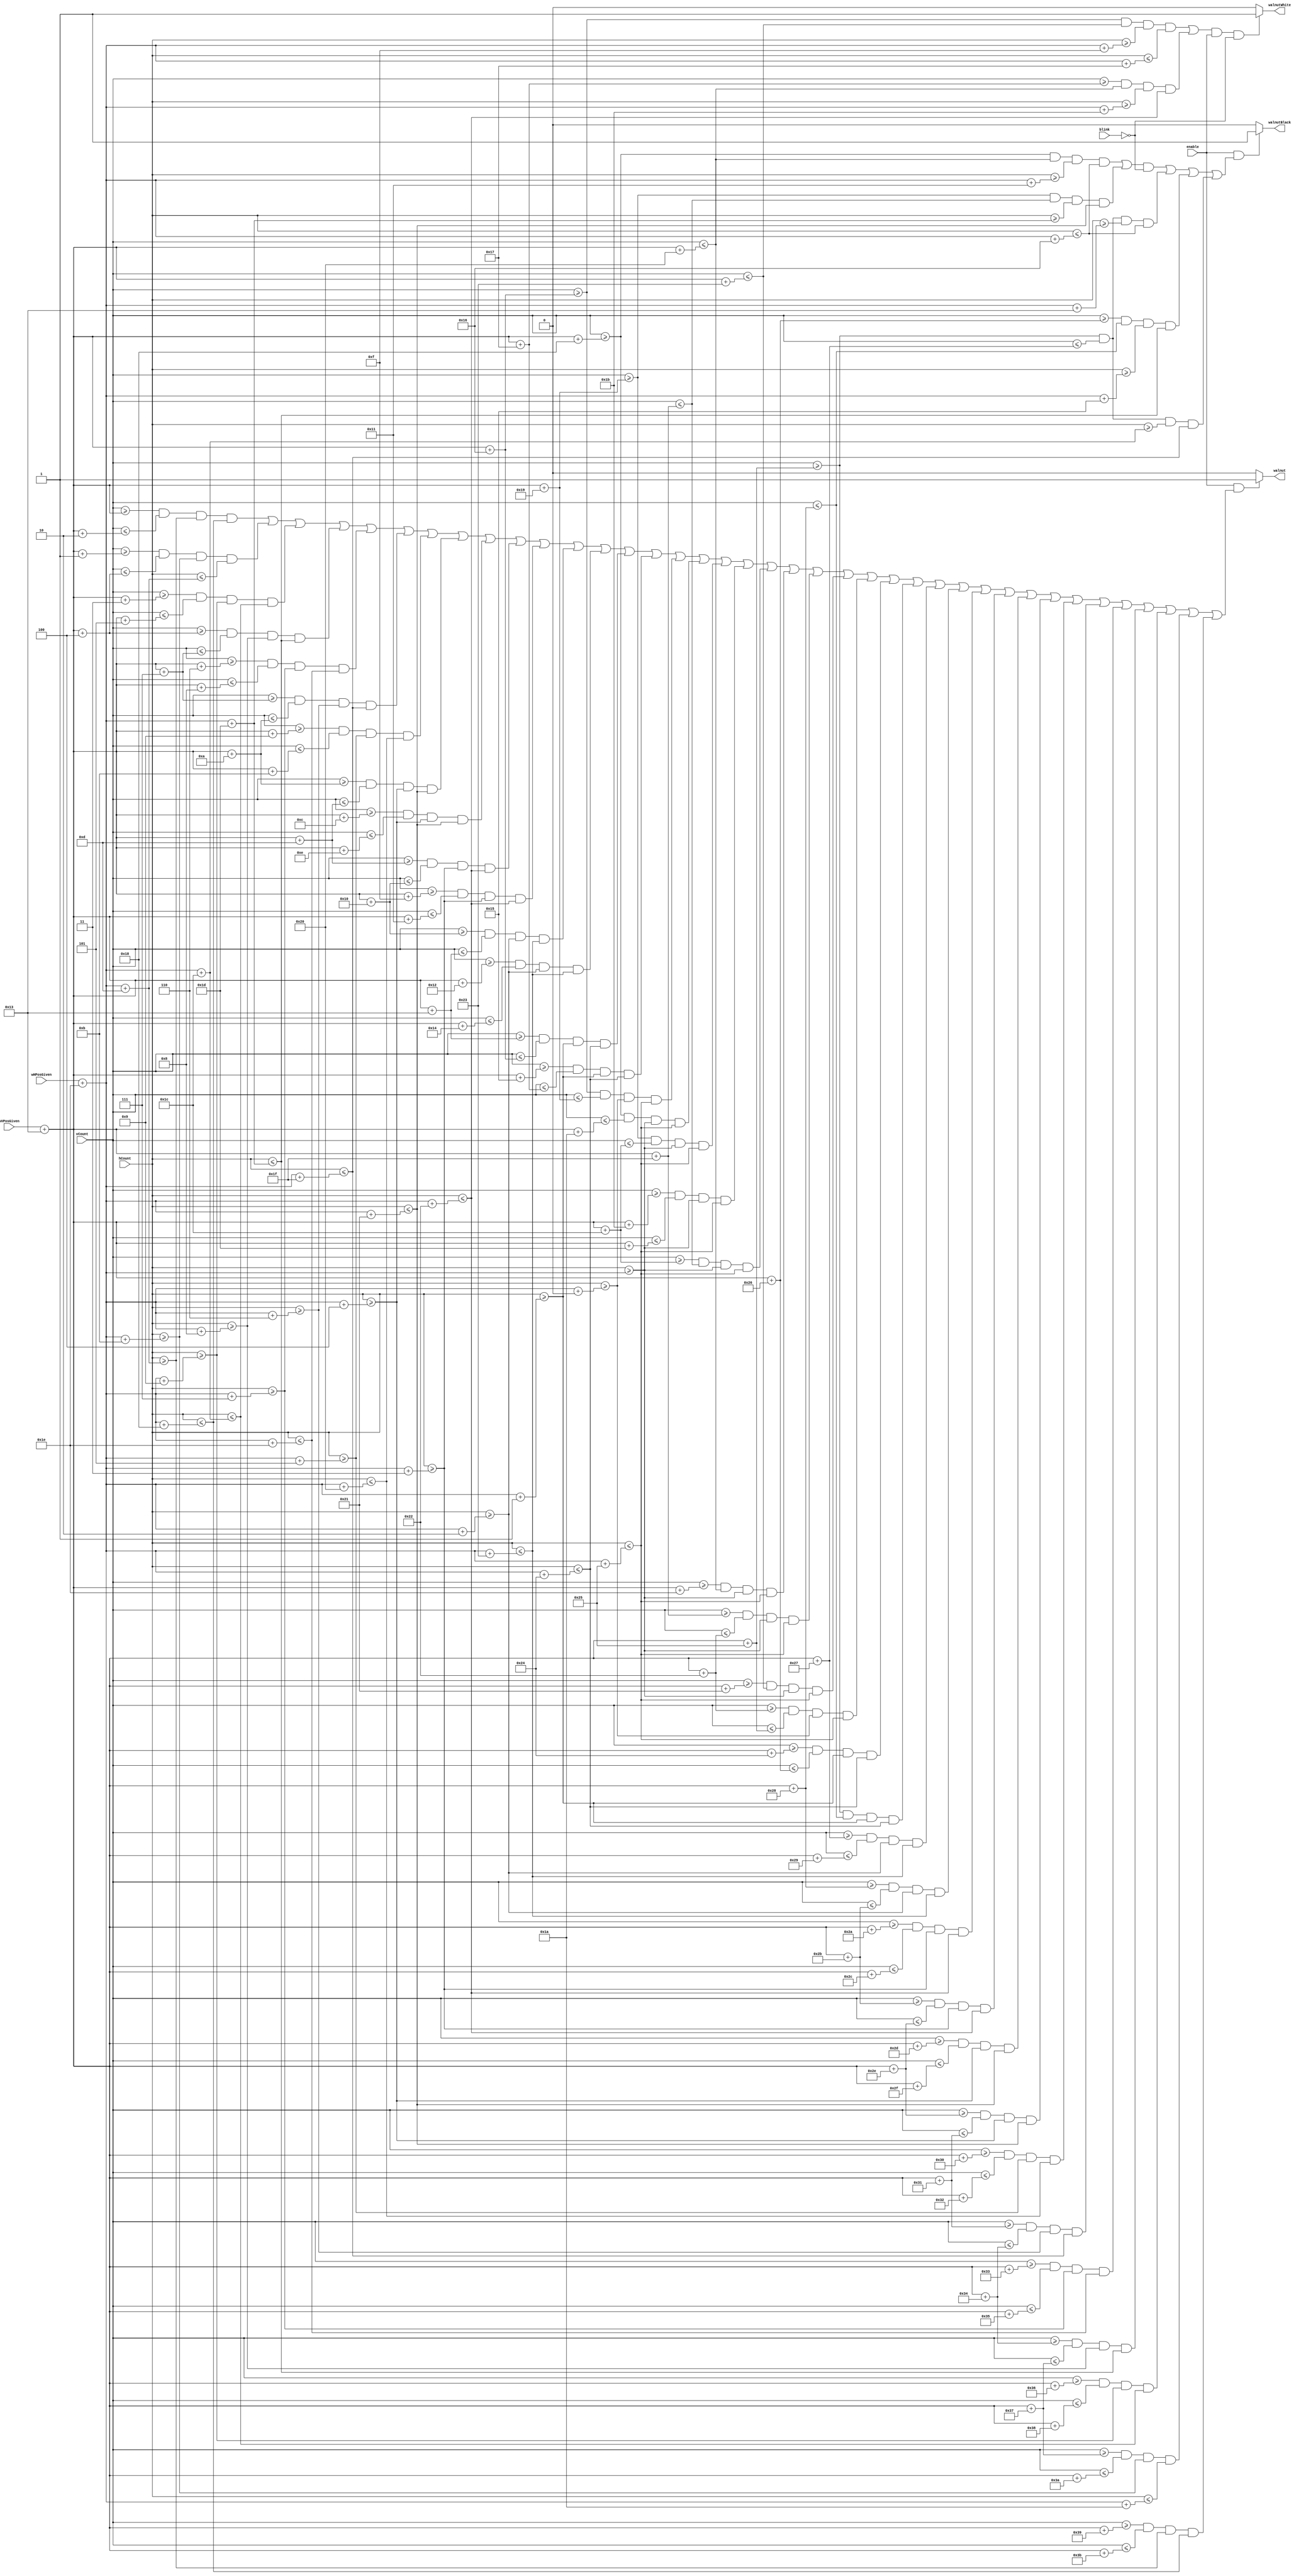
`timescale 1ns / 1ps

module walnut(
	input [9:0] wVPosGiven,
    input [9:0] wHPosGiven,
    input [9:0] hCount, vCount,
    input blink,
    input enable,
    output walnut,
    output walnutBlack,
    output walnutWhite);

    reg [9:0] wVPos; 
    reg [9:0] wHPos;
    
    always@ (*)
    begin
        wVPos = wVPosGiven + 10'd19;
        wHPos = wHPosGiven + 10'd30;
    end

    parameter WSCALE = 10'd2;
    assign walnut = 
	               ((enable == 1'd1) &&
                    (
	               ((vCount >= wVPos) && (vCount <= (wVPos + (10'd5 / WSCALE))) && (hCount >= (wHPos + (10'd27 / WSCALE))) && (hCount <= (wHPos + (10'd48 / WSCALE))))
	               ||((vCount >= (wVPos + (10'd3 / WSCALE))) && (vCount <= (wVPos + (10'd8 / WSCALE))) && (hCount >= (wHPos + (10'd23 / WSCALE))) && (hCount <= (wHPos + (10'd52 / WSCALE) / WSCALE)))
	               
	               ||((vCount >= (wVPos + (10'd6 / WSCALE))) && (vCount <= (wVPos + (10'd11 / WSCALE))) && (hCount >= (wHPos + (10'd19 / WSCALE))) && (hCount <= (wHPos + (10'd56 / WSCALE))))
	               ||((vCount >= (wVPos + (10'd9 / WSCALE))) && (vCount <= (wVPos + (10'd14 / WSCALE))) && (hCount >= (wHPos + (10'd17 / WSCALE))) && (hCount <= (wHPos + (10'd58 / WSCALE))))
	               ||((vCount >= (wVPos + (10'd12 / WSCALE))) && (vCount <= (wVPos + (10'd17 / WSCALE))) && (hCount >= (wHPos + (10'd15 / WSCALE))) && (hCount <= (wHPos + (10'd60 / WSCALE))))
	               ||((vCount >= (wVPos + (10'd15 / WSCALE))) && (vCount <= (wVPos + (10'd20 / WSCALE))) && (hCount >= (wHPos + (10'd13 / WSCALE))) && (hCount <= (wHPos + (10'd62 / WSCALE))))
	               ||((vCount >= (wVPos + (10'd18 / WSCALE))) && (vCount <= (wVPos + (10'd23 / WSCALE))) && (hCount >= (wHPos + (10'd11 / WSCALE))) && (hCount <= (wHPos + (10'd64 / WSCALE))))
	               ||((vCount >= (wVPos + (10'd21 / WSCALE))) && (vCount <= (wVPos + (10'd26 / WSCALE))) && (hCount >= (wHPos + (10'd9 / WSCALE))) && (hCount <= (wHPos + (10'd66 / WSCALE))))

	               ||((vCount >= (wVPos + (10'd24 / WSCALE))) && (vCount <= (wVPos + (10'd29 / WSCALE))) && (hCount >= (wHPos + (10'd8 / WSCALE))) && (hCount <= (wHPos + (10'd67 / WSCALE))))
	               ||((vCount >= (wVPos + (10'd27 / WSCALE))) && (vCount <= (wVPos + (10'd32 / WSCALE))) && (hCount >= (wHPos + (10'd7 / WSCALE))) && (hCount <= (wHPos + (10'd68 / WSCALE))))
	               ||((vCount >= (wVPos + (10'd30 / WSCALE))) && (vCount <= (wVPos + (10'd35 / WSCALE))) && (hCount >= (wHPos + (10'd6 / WSCALE))) && (hCount <= (wHPos + (10'd69 / WSCALE))))
	               ||((vCount >= (wVPos + (10'd33 / WSCALE))) && (vCount <= (wVPos + (10'd38 / WSCALE))) && (hCount >= (wHPos + (10'd5 / WSCALE))) && (hCount <= (wHPos + (10'd70 / WSCALE))))
	               ||((vCount >= (wVPos + (10'd36 / WSCALE))) && (vCount <= (wVPos + (10'd41 / WSCALE))) && (hCount >= (wHPos + (10'd4 / WSCALE))) && (hCount <= (wHPos + (10'd71 / WSCALE))))
	               ||((vCount >= (wVPos + (10'd39 / WSCALE))) && (vCount <= (wVPos + (10'd44 / WSCALE))) && (hCount >= (wHPos + (10'd3 / WSCALE))) && (hCount <= (wHPos + (10'd72 / WSCALE))))
	               ||((vCount >= (wVPos + (10'd42 / WSCALE))) && (vCount <= (wVPos + (10'd47 / WSCALE))) && (hCount >= (wHPos + (10'd2 / WSCALE))) && (hCount <= (wHPos + (10'd73 / WSCALE))))
	               ||((vCount >= (wVPos + (10'd45 / WSCALE))) && (vCount <= (wVPos + (10'd50 / WSCALE))) && (hCount >= (wHPos + (10'd1 / WSCALE))) && (hCount <= (wHPos + (10'd74 / WSCALE))))
	               ||((vCount >= (wVPos + (10'd48 / WSCALE))) && (vCount <= (wVPos + (10'd53 / WSCALE))) && (hCount >= wHPos) && (hCount <= (wHPos + (10'd75 / WSCALE))))
	               
	               
	               ||((vCount >= (wVPos + (10'd51 / WSCALE))) && (vCount <= (wVPos + (10'd56 / WSCALE))) && (hCount >= wHPos) && (hCount <= (wHPos + (10'd75 / WSCALE))))
	               ||((vCount >= (wVPos + (10'd54 / WSCALE))) && (vCount <= (wVPos + (10'd59 / WSCALE))) && (hCount >= wHPos) && (hCount <= (wHPos + (10'd75 / WSCALE))))
	               ||((vCount >= (wVPos + (10'd57 / WSCALE))) && (vCount <= (wVPos + (10'd62 / WSCALE))) && (hCount >= wHPos) && (hCount <= (wHPos + (10'd75 / WSCALE))))
	               ||((vCount >= (wVPos + (10'd60 / WSCALE))) && (vCount <= (wVPos + (10'd65 / WSCALE))) && (hCount >= wHPos) && (hCount <= (wHPos + (10'd75 / WSCALE))))
	               ||((vCount >= (wVPos + (10'd63 / WSCALE))) && (vCount <= (wVPos + (10'd68 / WSCALE))) && (hCount >= wHPos) && (hCount <= (wHPos + (10'd75 / WSCALE))))
	               ||((vCount >= (wVPos + (10'd66 / WSCALE))) && (vCount <= (wVPos + (10'd71 / WSCALE))) && (hCount >= wHPos) && (hCount <= (wHPos + (10'd75 / WSCALE))))	  
	                         
	               ||((vCount >= (wVPos + (10'd69 / WSCALE))) && (vCount <= (wVPos + (10'd74 / WSCALE))) && (hCount >= (wHPos + (10'd1 / WSCALE))) && (hCount <= (wHPos + (10'd74 / WSCALE))))
	               ||((vCount >= (wVPos + (10'd72 / WSCALE))) && (vCount <= (wVPos + (10'd77 / WSCALE))) && (hCount >= (wHPos + (10'd2 / WSCALE))) && (hCount <= (wHPos + (10'd73 / WSCALE))))
	               ||((vCount >= (wVPos + (10'd75 / WSCALE))) && (vCount <= (wVPos + (10'd80 / WSCALE))) && (hCount >= (wHPos + (10'd3 / WSCALE))) && (hCount <= (wHPos + (10'd72 / WSCALE))))
	               ||((vCount >= (wVPos + (10'd78 / WSCALE))) && (vCount <= (wVPos + (10'd83 / WSCALE))) && (hCount >= (wHPos + (10'd4 / WSCALE))) && (hCount <= (wHPos + (10'd71 / WSCALE))))
	               ||((vCount >= (wVPos + (10'd81 / WSCALE))) && (vCount <= (wVPos + (10'd86 / WSCALE))) && (hCount >= (wHPos + (10'd5 / WSCALE))) && (hCount <= (wHPos + (10'd70 / WSCALE))))
	               ||((vCount >= (wVPos + (10'd84 / WSCALE))) && (vCount <= (wVPos + (10'd89 / WSCALE))) && (hCount >= (wHPos + (10'd6 / WSCALE))) && (hCount <= (wHPos + (10'd69 / WSCALE))))
	               ||((vCount >= (wVPos + (10'd87 / WSCALE))) && (vCount <= (wVPos + (10'd92 / WSCALE))) && (hCount >= (wHPos + (10'd7 / WSCALE))) && (hCount <= (wHPos + (10'd68 / WSCALE))))
	               ||((vCount >= (wVPos + (10'd90 / WSCALE))) && (vCount <= (wVPos + (10'd95 / WSCALE))) && (hCount >= (wHPos + (10'd8 / WSCALE))) && (hCount <= (wHPos + (10'd67 / WSCALE))))
	               
	               ||((vCount >= (wVPos + (10'd93 / WSCALE))) && (vCount <= (wVPos + (10'd98 / WSCALE))) && (hCount >= (wHPos + (10'd9 / WSCALE))) && (hCount <= (wHPos + (10'd66 / WSCALE))))
	               ||((vCount >= (wVPos + (10'd96 / WSCALE))) && (vCount <= (wVPos + (10'd101 / WSCALE))) && (hCount >= (wHPos + (10'd11 / WSCALE))) && (hCount <= (wHPos + (10'd64 / WSCALE))))
	               ||((vCount >= (wVPos + (10'd99 / WSCALE))) && (vCount <= (wVPos + (10'd104 / WSCALE))) && (hCount >= (wHPos + (10'd13 / WSCALE))) && (hCount <= (wHPos + (10'd62 / WSCALE))))
	               ||((vCount >= (wVPos + (10'd102 / WSCALE))) && (vCount <= (wVPos + (10'd107 / WSCALE))) && (hCount >= (wHPos + (10'd15 / WSCALE))) && (hCount <= (wHPos + (10'd60 / WSCALE))))
	               ||((vCount >= (wVPos + (10'd105 / WSCALE))) && (vCount <= (wVPos + (10'd110 / WSCALE))) && (hCount >= (wHPos + (10'd17 / WSCALE))) && (hCount <= (wHPos + (10'd58 / WSCALE))))
	               ||((vCount >= (wVPos + (10'd108 / WSCALE))) && (vCount <= (wVPos + (10'd113 / WSCALE))) && (hCount >= (wHPos + (10'd19 / WSCALE))) && (hCount <= (wHPos + (10'd56 / WSCALE))))
	               
	               ||((vCount >= (wVPos + (10'd111 / WSCALE))) && (vCount <= (wVPos + (10'd116 / WSCALE))) && (hCount >= (wHPos + (10'd23 / WSCALE))) && (hCount <= (wHPos + (10'd52 / WSCALE))))
	               ||((vCount >= (wVPos + (10'd114 / WSCALE))) && (vCount <= (wVPos + (10'd119 / WSCALE))) && (hCount >= (wHPos + (10'd27 / WSCALE))) && (hCount <= (wHPos + (10'd48 / WSCALE))))
                    )
                   ) ? 1 : 0;
    
    assign walnutWhite =   (
                           ( 
	                       ((vCount >= (wVPos + (10'd44 / WSCALE))) && (vCount <= (wVPos + (10'd70 / WSCALE))) && (hCount >= (wHPos + (10'd30 / WSCALE))) && (hCount <= (wHPos + (10'd47 / WSCALE))))
	                       ||((vCount >= (wVPos + (10'd47 / WSCALE))) && (vCount <= (wVPos + (10'd65 / WSCALE))) && (hCount >= (wHPos + (10'd55 / WSCALE))) && (hCount <= (wHPos + (10'd69 / WSCALE))))
                           ) && (enable == 1'd1) && (blink == 1'd0) 
                           ) ? 1 : 0;
  
    assign walnutBlack = 
                           ( (enable == 1'd1) &&
                            (
                           ( 
	                       (((vCount >= (wVPos + (10'd49 / WSCALE))) && (vCount <= (wVPos + (10'd65 / WSCALE))) && (hCount >= (wHPos + (10'd35 / WSCALE))) && (hCount <= (wHPos + (10'd45 / WSCALE))))
	                       ||((vCount >= (wVPos + (10'd51 / WSCALE))) && (vCount <= (wVPos + (10'd63 / WSCALE))) && (hCount >= (wHPos + (10'd59 / WSCALE))) && (hCount <= (wHPos + (10'd67 / WSCALE)))))
	                       && (blink == 1'd0)
	                       )
	                       || ((vCount >= (wVPos + (10'd74 / WSCALE))) && (vCount <= (wVPos + (10'd79 / WSCALE))) && (hCount >= (wHPos + (10'd39 / WSCALE))) && (hCount <= (wHPos + (10'd44 / WSCALE))))
	                       || ((vCount >= (wVPos + (10'd76 / WSCALE))) && (vCount <= (wVPos + (10'd81 / WSCALE))) && (hCount >= (wHPos + (10'd42 / WSCALE))) && (hCount <= (wHPos + (10'd59 / WSCALE))))
	                       || ((vCount >= (wVPos + (10'd74 / WSCALE))) && (vCount <= (wVPos + (10'd79 / WSCALE))) && (hCount >= (wHPos + (10'd57 / WSCALE))) && (hCount <= wHPos + (10'd62 / WSCALE)))
                            )
                           ) ? 1 : 0;

endmodule